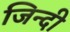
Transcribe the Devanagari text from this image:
जिन्दी